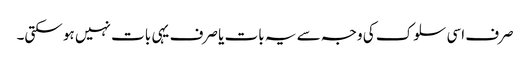
صرف اسی سلوک کی وجہ سے یہ بات یا صرف یہی بات نہیں ہو سکتی۔